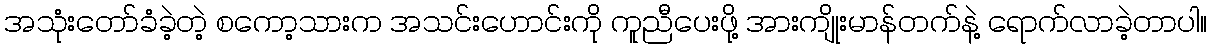
အသုံးတော်ခံခဲ့တဲ့ စကော့သားက အသင်းဟောင်းကို ကူညီပေးဖို့ အားကျိုးမာန်တက်နဲ့ ရောက်လာခဲ့တာပါ။